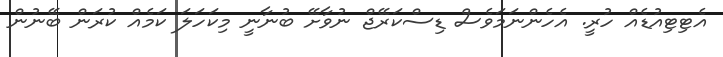
އެޓިޓިއުޑެއް ހުރީ. އެހެންނަމަވެސް ޑިސްކަރޭޖް ނުވާށޭ ބުނާނީ މިކަހަލަ ކަމެއް ކުރަން ބޭނުން